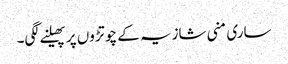
ساری منی شازیہ کے چوتڑوں پر پھیلنے لگی۔